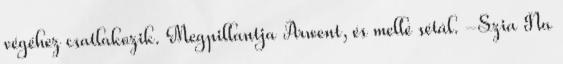
végéhez csatlakozik. Megpillantja Arwent, és mellé sétál. -Szia Na